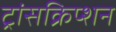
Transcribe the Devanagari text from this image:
ट्रांसक्रिप्‍शन